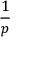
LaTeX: \frac { 1 } { p }